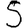
Digit: 5